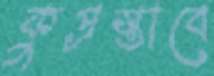
কুপ্রস্তাবে